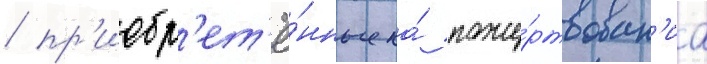
/ пр'иобр'ет'ё́нные на́ поже́ртвован'иа